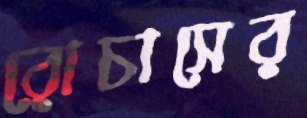
রোচাসের